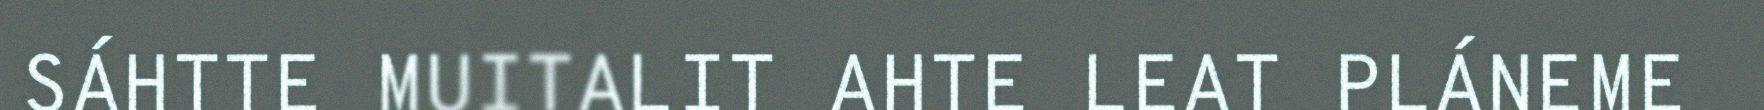
SÁHTTE MUITALIT AHTE LEAT PLÁNEME